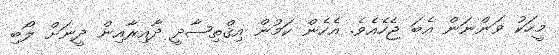
މީހަކު ވަންނަން އެބަ ޖެހެއެވެ. އެހެން ކަމުން އިޤްތިޞާދީ ދާއިރާއިން ދީނަށް ލޯބި